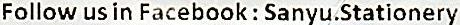
FOLLOW US IN FACEBOOK : SANYU.STATIONERY